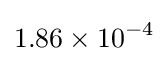
1.86\times 10^{-4}